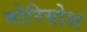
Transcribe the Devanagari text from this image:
मोरियोश